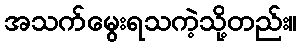
အသက်မွေးရသကဲ့သို့တည်း။